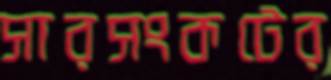
সারসংকটের